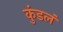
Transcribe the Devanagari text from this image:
कुंडलं